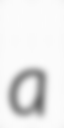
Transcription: a